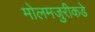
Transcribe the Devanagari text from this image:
मोलमजुरीकडे